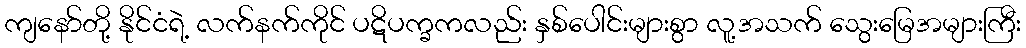
ကျနော်တို့ နိုင်ငံရဲ့ လက်နက်ကိုင် ပဋိပက္ခကလည်း နှစ်ပေါင်းများစွာ လူ့အသက် သွေးမြေအများကြီး